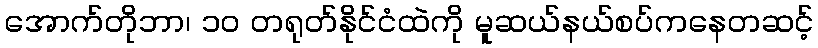
အောက်တိုဘာ၊ ၁၀ တရုတ်နိုင်ငံထဲကို မူဆယ်နယ်စပ်ကနေတဆင့်